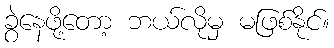
ခွဲနေဖို့တော့ ဘယ်လိုမှ မဖြစ်နိုင်။